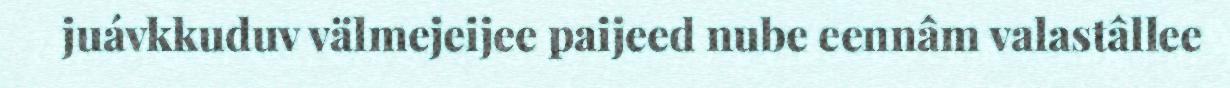
juávkkuduv välmejeijee paijeed nube eennâm valastâllee